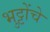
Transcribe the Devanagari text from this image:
भुट्टोंचे